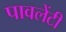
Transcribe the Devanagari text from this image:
पावलेंटी